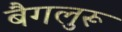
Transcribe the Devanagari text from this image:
बैगलुरू